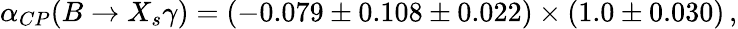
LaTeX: \alpha_{CP}(B\rightarrow X_{s}\gamma)=(-0.079\pm 0.108\pm 0.022)\times(1.0\pm 0.030)\, ,